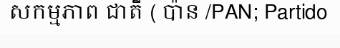
សកម្មភាព ជាតី ( ប៉ាន /PAN; Partido